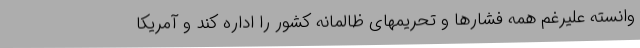
وانسته علیرغم همه فشارها و تحریمهای ظالمانه کشور را اداره کند و آمریکا